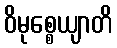
ဝိမုစ္စေယျာတိ